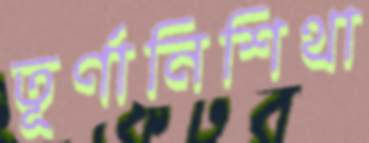
তূর্ণানিশিথা